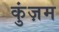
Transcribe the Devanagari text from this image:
कुंज़म